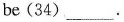
be(34)___.